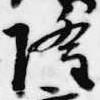
隆